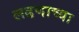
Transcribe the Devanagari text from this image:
लढणाच्या